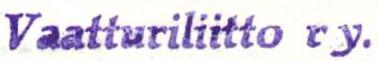
Vaatturiliitto r y.